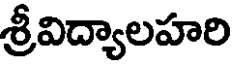
శ్రీవిద్యాలహరి